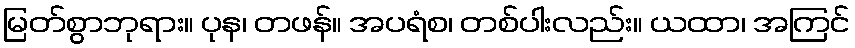
မြတ်စွာဘုရား။ ပုန၊ တဖန်။ အပရံစ၊ တစ်ပါးလည်း။ ယထာ၊ အကြင်